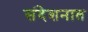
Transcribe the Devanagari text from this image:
संदेशनात